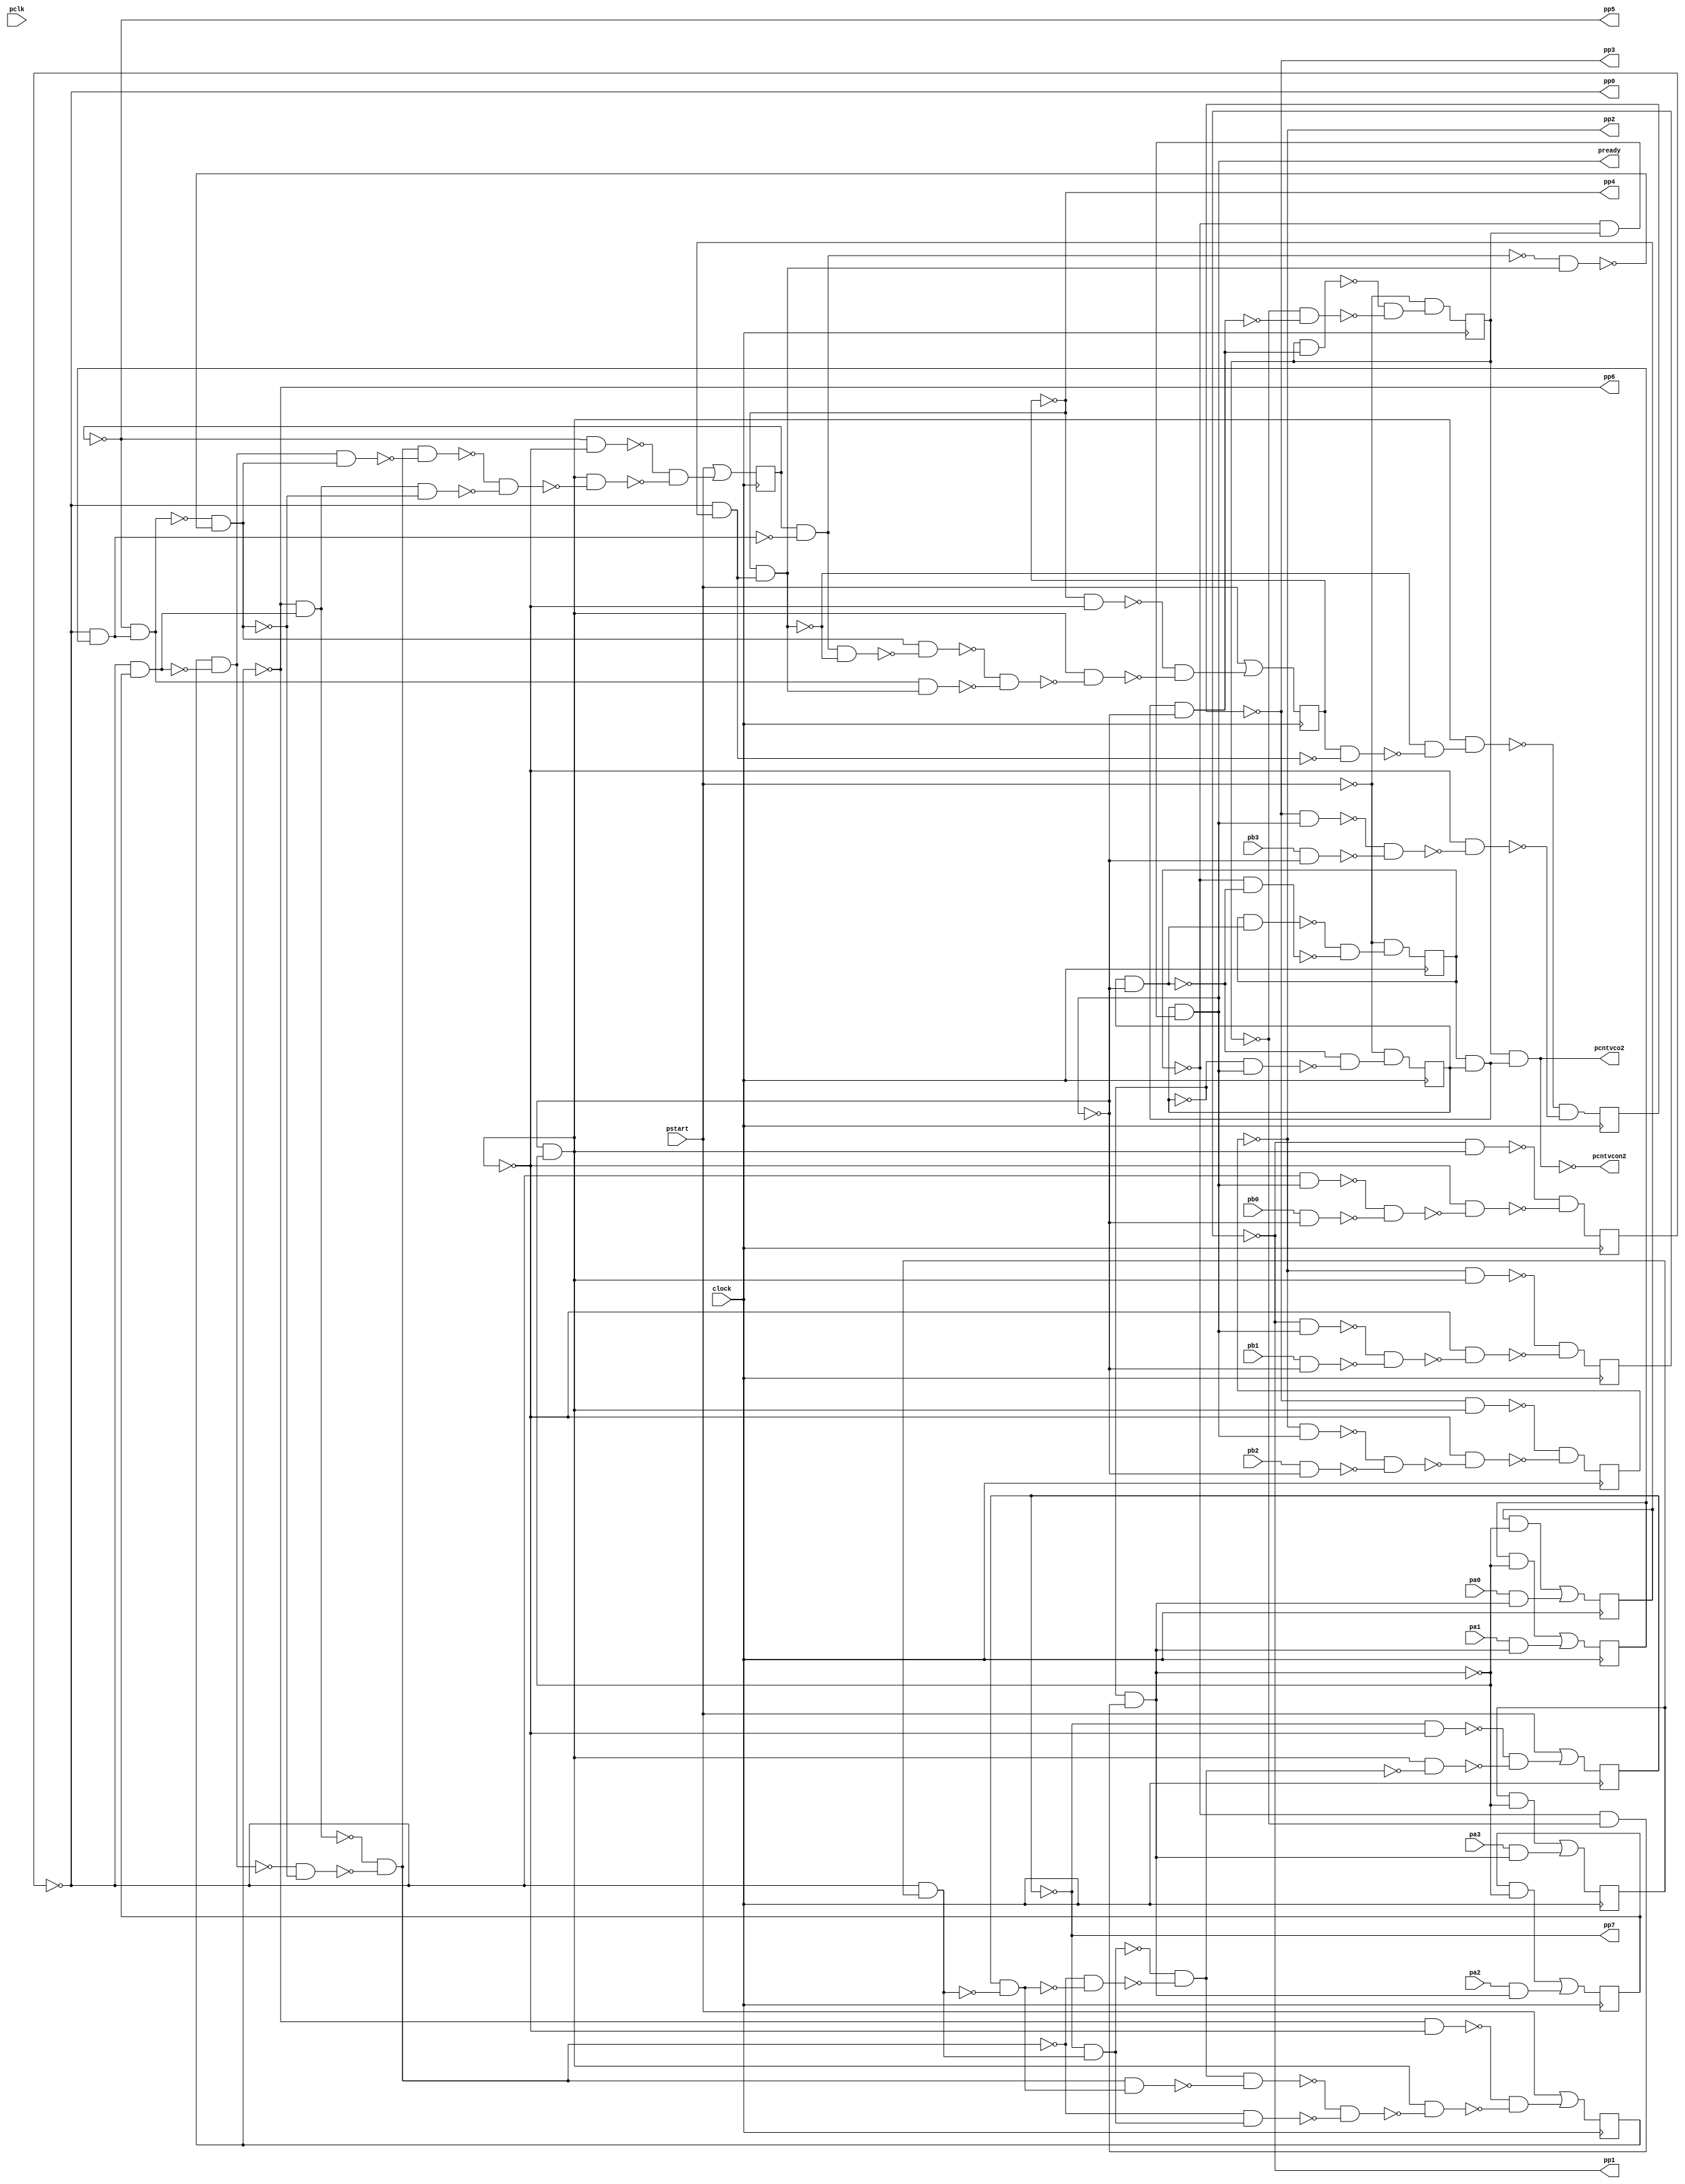
module top ( clock, 
    pa1, pb2, pa0, pb3, pa3, pb0, pa2, pb1, pclk, pstart,
    pcntvcon2, pready, pp0, pp1, pp2, pcntvco2, pp3, pp4, pp5, pp6, pp7  );
  input  clock;
  input  pa1, pb2, pa0, pb3, pa3, pb0, pa2, pb1, pclk, pstart;
  output pcntvcon2, pready, pp0, pp1, pp2, pcntvco2, pp3, pp4, pp5, pp6, pp7;
  reg nmrvqn1, nacvqn1, nacvqn0, nmrvqn3, nmrvqn2, nct1, nct0, nacvqn3,
    nacvqn2, nct2, nmrvqn0, nax3, nax2, nax1, nax0;
  wire new_n67_, new_n69_1_, new_n71_, new_n72_, new_n73_, new_n74_1_,
    new_n75_, new_n76_, new_n77_, new_n78_, new_n80_, new_n81_, new_n82_,
    new_n83_, new_n84_1_, new_n85_, new_n86_, new_n87_, new_n88_,
    new_n89_1_, new_n90_, new_n91_, new_n92_, new_n93_, new_n94_1_,
    new_n95_, new_n96_, new_n97_, new_n98_, new_n100_, new_n101_,
    new_n102_, new_n103_, new_n104_1_, new_n105_, new_n106_, new_n108_,
    new_n109_1_, new_n110_, new_n111_, new_n112_, new_n113_, new_n114_1_,
    new_n116_, new_n117_, new_n118_, new_n119_, new_n120_, new_n122_,
    new_n123_, new_n124_, new_n125_, new_n127_, new_n128_, new_n130_,
    new_n131_, new_n132_, new_n133_, new_n134_, new_n135_, new_n136_,
    new_n137_, new_n139_, new_n140_, new_n141_, new_n142_, new_n143_,
    new_n144_, new_n145_, new_n147_, new_n148_, new_n149_, new_n150_,
    new_n152_, new_n153_, new_n154_, new_n155_, new_n156_, new_n158_,
    new_n159_, new_n161_, new_n162_, new_n164_, new_n165_, new_n167_,
    new_n168_, n44, n49, n54, n59, n64, n69, n74, n79, n84, n89, n94, n99,
    n104, n109, n114;
  assign new_n67_ = nct1 & nct0;
  assign pcntvco2 = nct2 & new_n67_;
  assign new_n69_1_ = ~nct1 & nct2;
  assign pready = nct0 & new_n69_1_;
  assign new_n71_ = ~nct1 & ~nct2;
  assign new_n72_ = ~nct0 & new_n71_;
  assign new_n73_ = ~pready & ~new_n72_;
  assign new_n74_1_ = ~nmrvqn2 & new_n73_;
  assign new_n75_ = ~nmrvqn1 & pready;
  assign new_n76_ = pb1 & ~pready;
  assign new_n77_ = ~new_n75_ & ~new_n76_;
  assign new_n78_ = ~new_n73_ & ~new_n77_;
  assign n44 = ~new_n74_1_ & ~new_n78_;
  assign new_n80_ = ~nacvqn1 & ~new_n73_;
  assign new_n81_ = ~nmrvqn0 & nax2;
  assign new_n82_ = ~nacvqn2 & new_n81_;
  assign new_n83_ = nacvqn2 & ~new_n81_;
  assign new_n84_1_ = ~nmrvqn0 & nax1;
  assign new_n85_ = ~nacvqn1 & new_n84_1_;
  assign new_n86_ = nacvqn1 & ~new_n84_1_;
  assign new_n87_ = ~nmrvqn0 & nax0;
  assign new_n88_ = ~nacvqn0 & new_n87_;
  assign new_n89_1_ = ~new_n86_ & new_n88_;
  assign new_n90_ = ~new_n85_ & ~new_n89_1_;
  assign new_n91_ = ~new_n83_ & ~new_n90_;
  assign new_n92_ = ~new_n82_ & ~new_n91_;
  assign new_n93_ = new_n83_ & new_n90_;
  assign new_n94_1_ = new_n92_ & ~new_n93_;
  assign new_n95_ = new_n82_ & ~new_n90_;
  assign new_n96_ = ~new_n94_1_ & ~new_n95_;
  assign new_n97_ = new_n73_ & ~new_n96_;
  assign new_n98_ = ~new_n80_ & ~new_n97_;
  assign n49 = pstart | new_n98_;
  assign new_n100_ = ~nacvqn0 & ~new_n73_;
  assign new_n101_ = new_n86_ & ~new_n88_;
  assign new_n102_ = new_n90_ & ~new_n101_;
  assign new_n103_ = new_n85_ & new_n88_;
  assign new_n104_1_ = ~new_n102_ & ~new_n103_;
  assign new_n105_ = new_n73_ & ~new_n104_1_;
  assign new_n106_ = ~new_n100_ & ~new_n105_;
  assign n54 = pstart | new_n106_;
  assign new_n108_ = nacvqn0 & ~new_n87_;
  assign new_n109_1_ = ~new_n88_ & ~new_n108_;
  assign new_n110_ = new_n73_ & new_n109_1_;
  assign new_n111_ = ~nmrvqn3 & pready;
  assign new_n112_ = pb3 & ~pready;
  assign new_n113_ = ~new_n111_ & ~new_n112_;
  assign new_n114_1_ = ~new_n73_ & ~new_n113_;
  assign n59 = ~new_n110_ & ~new_n114_1_;
  assign new_n116_ = ~nmrvqn3 & new_n73_;
  assign new_n117_ = ~nmrvqn2 & pready;
  assign new_n118_ = pb2 & ~pready;
  assign new_n119_ = ~new_n117_ & ~new_n118_;
  assign new_n120_ = ~new_n73_ & ~new_n119_;
  assign n64 = ~new_n116_ & ~new_n120_;
  assign new_n122_ = nct0 & ~pready;
  assign new_n123_ = nct1 & new_n122_;
  assign new_n124_ = ~nct1 & ~new_n122_;
  assign new_n125_ = ~new_n123_ & ~new_n124_;
  assign n69 = ~pstart & new_n125_;
  assign new_n127_ = ~nct0 & pready;
  assign new_n128_ = ~new_n122_ & ~new_n127_;
  assign n74 = ~pstart & new_n128_;
  assign new_n130_ = ~nacvqn3 & ~new_n73_;
  assign new_n131_ = ~nmrvqn0 & nax3;
  assign new_n132_ = ~nacvqn3 & new_n131_;
  assign new_n133_ = nacvqn3 & ~new_n131_;
  assign new_n134_ = ~new_n92_ & ~new_n133_;
  assign new_n135_ = ~new_n132_ & ~new_n134_;
  assign new_n136_ = new_n73_ & ~new_n135_;
  assign new_n137_ = ~new_n130_ & ~new_n136_;
  assign n79 = pstart | new_n137_;
  assign new_n139_ = ~nacvqn2 & ~new_n73_;
  assign new_n140_ = new_n92_ & new_n133_;
  assign new_n141_ = new_n135_ & ~new_n140_;
  assign new_n142_ = ~new_n92_ & new_n132_;
  assign new_n143_ = ~new_n141_ & ~new_n142_;
  assign new_n144_ = new_n73_ & ~new_n143_;
  assign new_n145_ = ~new_n139_ & ~new_n144_;
  assign n84 = pstart | new_n145_;
  assign new_n147_ = new_n67_ & ~pready;
  assign new_n148_ = nct2 & new_n147_;
  assign new_n149_ = ~nct2 & ~new_n147_;
  assign new_n150_ = ~new_n148_ & ~new_n149_;
  assign n89 = ~pstart & new_n150_;
  assign new_n152_ = ~nmrvqn1 & new_n73_;
  assign new_n153_ = ~nmrvqn0 & pready;
  assign new_n154_ = pb0 & ~pready;
  assign new_n155_ = ~new_n153_ & ~new_n154_;
  assign new_n156_ = ~new_n73_ & ~new_n155_;
  assign n94 = ~new_n152_ & ~new_n156_;
  assign new_n158_ = nax3 & ~new_n72_;
  assign new_n159_ = pa3 & new_n72_;
  assign n99 = new_n158_ | new_n159_;
  assign new_n161_ = nax2 & ~new_n72_;
  assign new_n162_ = pa2 & new_n72_;
  assign n104 = new_n161_ | new_n162_;
  assign new_n164_ = nax1 & ~new_n72_;
  assign new_n165_ = pa1 & new_n72_;
  assign n109 = new_n164_ | new_n165_;
  assign new_n167_ = nax0 & ~new_n72_;
  assign new_n168_ = pa0 & new_n72_;
  assign n114 = new_n167_ | new_n168_;
  assign pcntvcon2 = ~pcntvco2;
  assign pp0 = ~nmrvqn0;
  assign pp1 = ~nmrvqn1;
  assign pp2 = ~nmrvqn2;
  assign pp3 = ~nmrvqn3;
  assign pp4 = ~nacvqn0;
  assign pp5 = ~nacvqn1;
  assign pp6 = ~nacvqn2;
  assign pp7 = ~nacvqn3;
  always @ (posedge clock) begin
    nmrvqn1 <= n44;
    nacvqn1 <= n49;
    nacvqn0 <= n54;
    nmrvqn3 <= n59;
    nmrvqn2 <= n64;
    nct1 <= n69;
    nct0 <= n74;
    nacvqn3 <= n79;
    nacvqn2 <= n84;
    nct2 <= n89;
    nmrvqn0 <= n94;
    nax3 <= n99;
    nax2 <= n104;
    nax1 <= n109;
    nax0 <= n114;
  end
endmodule